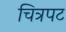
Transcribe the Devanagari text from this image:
चित्रपट